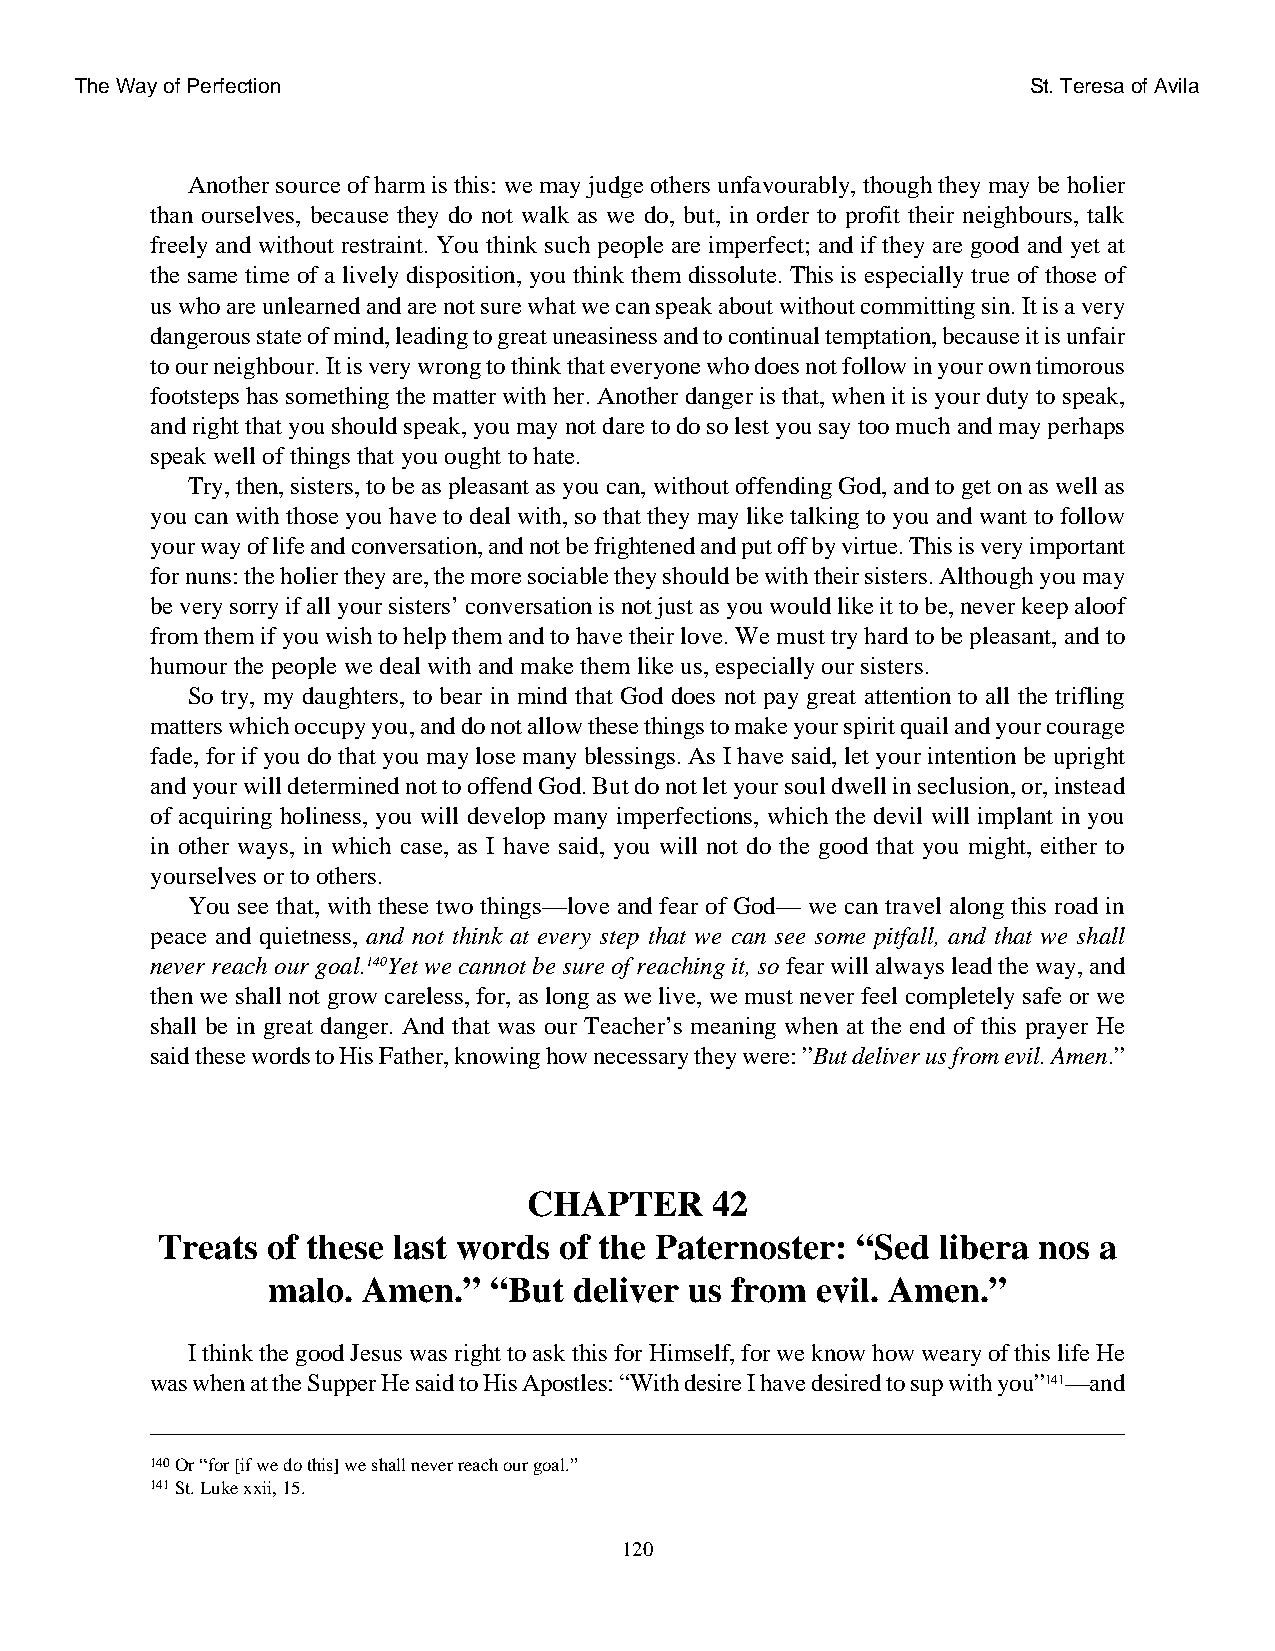
The Way of Perfection                                          St. Teresa of Avila
 Another source of harm is this: we may judge others unfavourably, though they may be holier
 than ourselves, because they do not walk as we do, but, in order to profit their neighbours, talk
 freely and without restraint. You think such people are imperfect; and if they are good and yet at
 the same time of a lively disposition, you think them dissolute. This is especially true of those of
 us who are unlearned and are not sure what we can speak about without committing sin. It is a very
 dangerous state of mind, leading to great uneasiness and to continual temptation, because it is unfair
 to our neighbour. It is very wrong to think that everyone who does not follow in your own timorous
 footsteps has something the matter with her. Another danger is that, when it is your duty to speak,
 and right that you should speak, you may not dare to do so lest you say too much and may perhaps
 speak well of things that you ought to hate.
 Try, then, sisters, to be as pleasant as you can, without offending God, and to get on as well as
 you can with those you have to deal with, so that they may like talking to you and want to follow
 your way of life and conversation, and not be frightened and put off by virtue. This is very important
 for nuns: the holier they are, the more sociable they should be with their sisters. Although you may
 be very sorry if all your sisters’ conversation is not just as you would like it to be, never keep aloof
 from them if you wish to help them and to have their love. We must try hard to be pleasant, and to
 humour the people we deal with and make them like us, especially our sisters.
 So try, my daughters, to bear in mind that God does not pay great attention to all the trifling
 matters which occupy you, and do not allow these things to make your spirit quail and your courage
 fade, for if you do that you may lose many blessings. As I have said, let your intention be upright
 and your will determined not to offend God. But do not let your soul dwell in seclusion, or, instead
 of acquiring holiness, you will develop many imperfections, which the devil will implant in you
 in other ways, in which case, as I have said, you will not do the good that you might, either to
 yourselves or to others.
 You see that, with these two things—love and fear of God— we can travel along this road in
 peace and quietness, and not think at every step that we can see some pitfall, and that we shall
 never reach our goal.140Yet we cannot be sure of reaching it, so fear will always lead the way, and
 then we shall not grow careless, for, as long as we live, we must never feel completely safe or we
 shall be in great danger. And that was our Teacher’s meaning when at the end of this prayer He
 said these words to His Father, knowing how necessary they were: ”But deliver us from evil. Amen.”
 CHAPTER     42
 Treats  of these last words of the Paternoster: “Sed libera nos a
 malo. Amen.”  “But  deliver us from evil. Amen.”
 I think the good Jesus was right to ask this for Himself, for we know how weary of this life He
 was when at the Supper He said to His Apostles: “With desire I have desired to sup with you”141—and
 140Or “for [if we do this] we shall never reach our goal.”
 141St. Luke xxii, 15.
 120